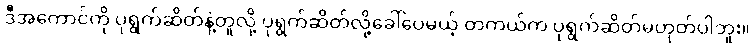
ဒီအကောင်ကို ပုရွက်ဆိတ်နဲ့တူလို့ ပုရွက်ဆိတ်လို့ခေါ်ပေမယ့် တကယ်က ပုရွက်ဆိတ်မဟုတ်ပါဘူး။